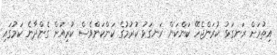
އިތުރަށް ރަނގަޅު ކުރަންޖެހޭ ކަންކަން ރަނގަޅު ކުރުމުގެ ކަންކަންވެސް ކުރިއަށް ގެންދާނެ ކަމުގައި